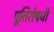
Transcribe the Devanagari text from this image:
पूतिरोषधी